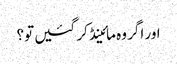
اور اگر وہ مائینڈ کر گئیں تو؟